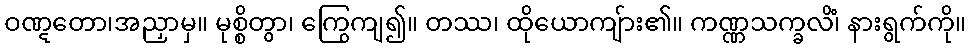
ဝဏ္ဋတော၊အညှာမှ။ မုစ္စိတွာ၊ ကြွေကျ၍။ တဿ၊ ထိုယောကျ်ား၏။ ကဏ္ဏသက္ခလိံ၊ နားရွက်ကို။